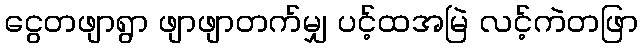
ငွေတဖျာရွာ ဖျာဖျာတက်မျှ ပင့်ထအမြဲ လင့်ကဲတဖြာ